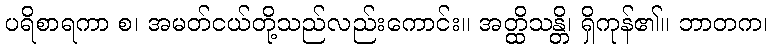
ပရိစာရကာ စ၊ အမတ်ငယ်တို့သည်လည်းကောင်း။ အတ္ထိသန္တိ၊ ရှိကုန်၏။ ဘာတက၊